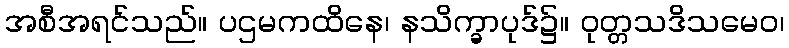
အစီအရင်သည်။ ပဌမကထိနေ၊ နသိက္ခာပုဒ်၌။ ဝုတ္တသဒိသမေဝ၊